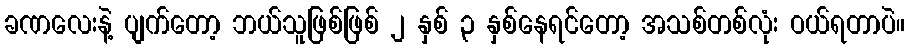
ခဏလေးနဲ့ ပျက်တော့ ဘယ်သူဖြစ်ဖြစ် ၂ နှစ် ၃ နှစ်နေရင်တော့ အသစ်တစ်လုံး ဝယ်ရတာပဲ။